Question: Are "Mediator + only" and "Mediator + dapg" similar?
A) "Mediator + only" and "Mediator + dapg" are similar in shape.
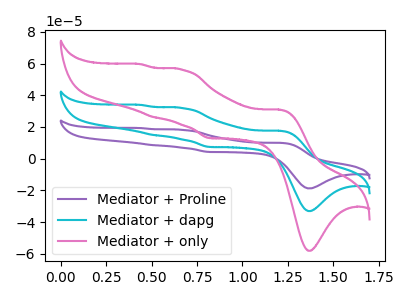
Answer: <think>The purple curve "Mediator + Proline" has anodic peaks at (1.20V, 35.10uA) (0.65V, 63.85uA) (0.50V, 29.80uA) (0.45V, 67.75uA) and cathodic peaks at (1.40V, -66.10uA) (0.80V, 14.75uA). The cyan curve "Mediator + dapg" has anodic peaks at (1.20V, 17.55uA) (0.65V, 31.90uA) (0.50V, 14.90uA) (0.45V, 33.90uA) and cathodic peaks at (1.40V, -33.05uA) (0.80V, 7.35uA). The pink curve "Mediator + only" has anodic peaks at (1.20V, 30.85uA) (0.65V, 56.10uA) (0.50V, 26.20uA) (0.45V, 59.55uA) and cathodic peaks at (1.40V, -58.10uA) (0.80V, 12.95uA).
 All the peaks in "Mediator + only" have a peak in "Mediator + dapg" at the same potential.</think>
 <answer>A) "Mediator + only" and "Mediator + dapg" are similar in shape.</answer>
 <eval>A</eval>